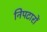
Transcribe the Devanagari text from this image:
निपटारों